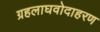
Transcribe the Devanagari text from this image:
ग्रहलाघवोदाहरण